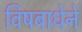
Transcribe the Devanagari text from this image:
विषबाधेने